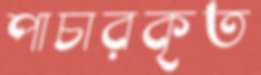
পাচারকৃত